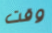
وقت